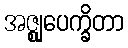
အဇ္ဈုပေက္ခိတာ